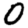
Digit: 0